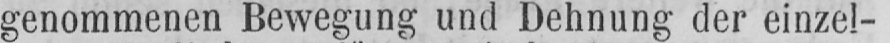
genommenen Bewegung und Dehnung der einzel-